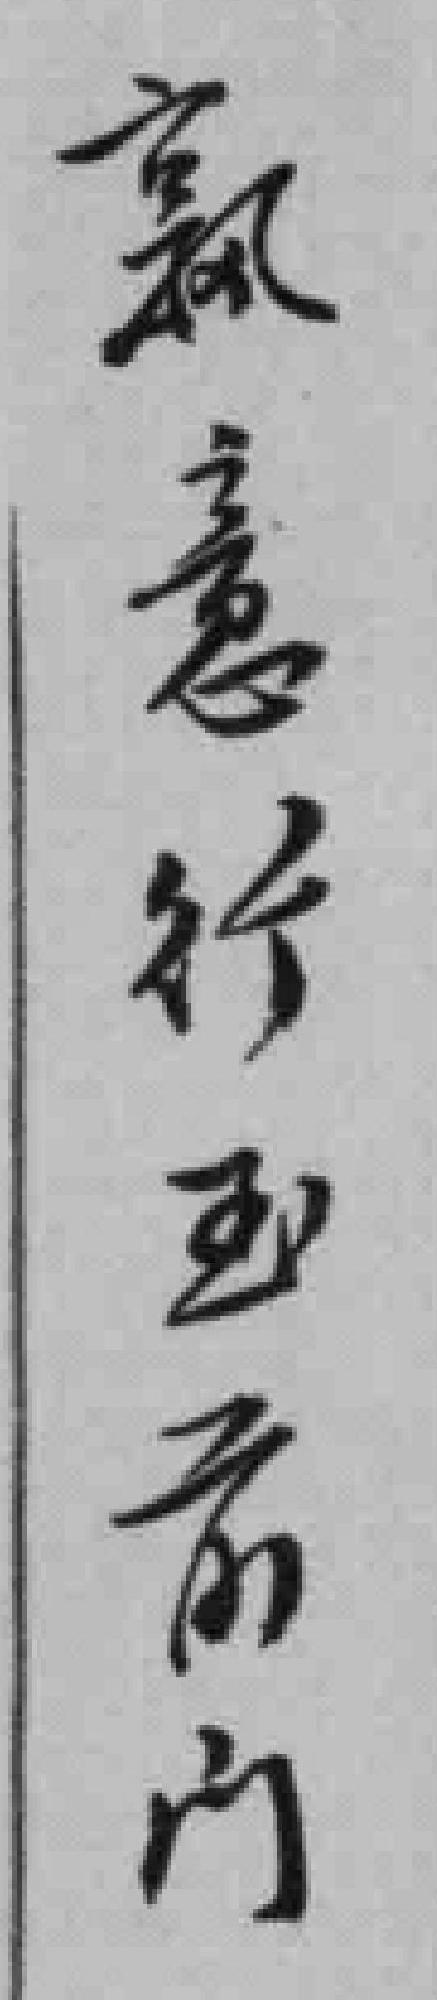
*意行至前门